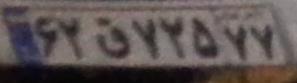
۶۲ق۷۲۵۷۷